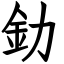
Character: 釛